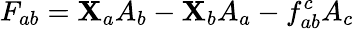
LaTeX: F_{ab}=\mathbf{X}_{a}A_{b}-\mathbf{X}_{b}A_{a}-f_{ab}^{c}A_{c}